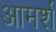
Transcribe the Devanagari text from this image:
आमर्श